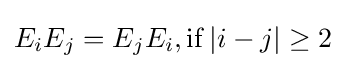
E_{i}E_{j}=E_{j}E_{i},\mathrm {if} \left\vert i-j\right\vert \geq 2